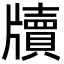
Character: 牘